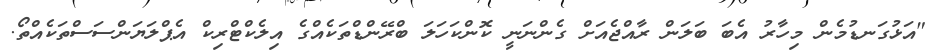
"އަޅުގަނޑުމެން މިހާރު އެބަ ބަލަަން ރާއްޖެއަށް ގެންނަނީ ކޮންކަހަލަ ބްރޭންޑްތަކެއްގެ އިލެކްޓްރިކް އެޕްލަޔަންސަސްތަކެއްތޯ.